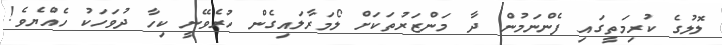
ލޮލުގެ ކުރިމަތީގައި ފެންނަމުން ދާ މަންޒަރުތަކަށް ލޯމަރާލައިގެން ހުރެވޭނީ ކިހާ ދުވަހަކު ހެއްޔެވެ!